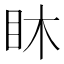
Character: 𥄢